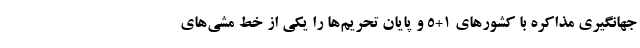
جهانگیری مذاکره با کشورهای ١+٥ و پایان تحریم‌ها را یکی از خط مشی‌های